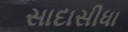
સાદાસીધા